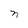
Character: n